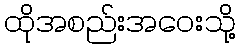
ထိုအစည်းအဝေးသို့